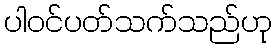
ပါဝင်ပတ်သက်သည်ဟု